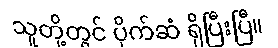
သူတို့တွင် ပိုက်ဆံ ရှိပြီးပြီ။